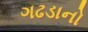
ગઢડાનો